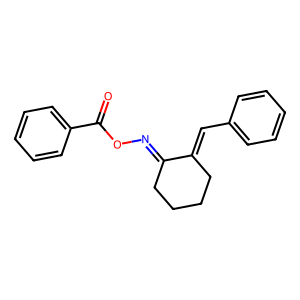
SMILES: O=C(ON=C1CCCCC1=Cc1ccccc1)c1ccccc1
Inhibits HIV replication: No